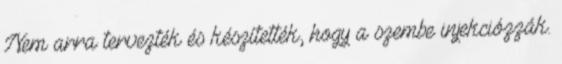
Nem arra tervezték és készítették, hogy a szembe injekciózzák.